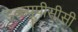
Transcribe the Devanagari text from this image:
डब्ल्यूपीसीसी